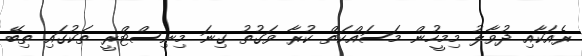
ރެއަކާއި ދުވާލު މިމީހުން މަސައްކަތް ކުރާ ވަގުތު ގިނަ މިނިސްޓްރީ ތަކުގައި ތިބޭ